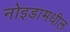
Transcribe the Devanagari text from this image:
नोइडामधील